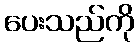
ပေးသည်ကို